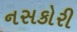
નસકોરી